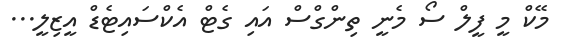
މޭކް މީ ފީލް ސޯ މެނީ ތިންގްސް އައި ގެޓް އެކްސައިޓެޑް އީޒިލީ...